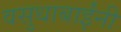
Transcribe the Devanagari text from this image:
वसुधाबाईंनी